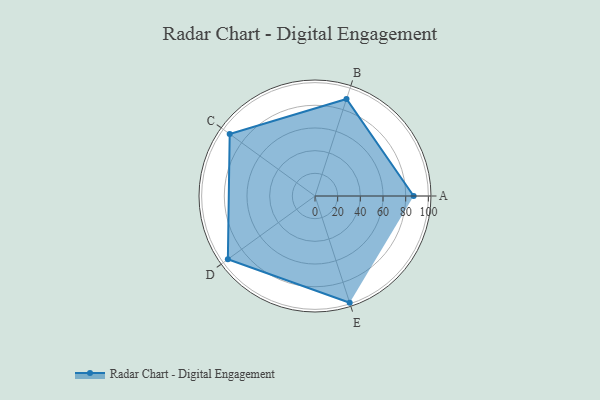
{"axis": {"x": "Skill", "y": "Score"}, "legend": ["Profile"], "data": [{"x": "A", "y": 87.0, "type": "Profile"}, {"x": "B", "y": 90.0, "type": "Profile"}, {"x": "C", "y": 93.0, "type": "Profile"}, {"x": "D", "y": 95.0, "type": "Profile"}, {"x": "E", "y": 99.0, "type": "Profile"}]}